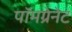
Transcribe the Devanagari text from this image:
पॉमग्रेनेट